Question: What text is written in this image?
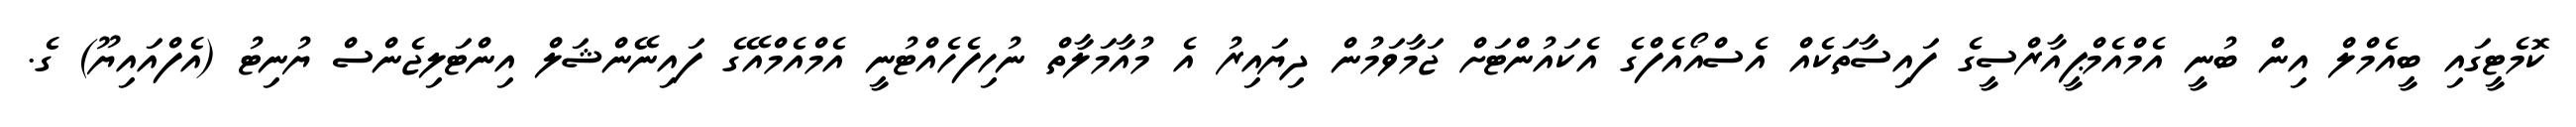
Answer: ކޮމެޓީގައި ބީއެމްލް އިން ބުނީ އެމްއެމްޕީއާރްސީގެ ފައިސާތަކެއް އެސްއޯއެފްގެ އެކައުންޓަށް ޖަމާވަމުން ދިޔައިރު އެ މުއާމަލާތް ނުހިފެހެއްޓުނީ އެމްއެމްއޭގެ ފައިނޭންޝަލް އިންޓަލިޖެންސް ޔުނިޓު (އެފްއައިޔޫ) ގެ.